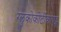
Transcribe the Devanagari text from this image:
ग्लुकोकोर्टीकोएड्स